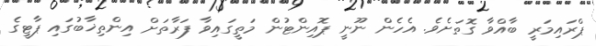
ޕްރައިމަރީ ބާއްވާ ގޮތަށެވެ. އެހެން ނޫނީ ޕޮއިންޓުން މަތީގައިވާ ފަރާތަށް އިންތިޚާބުގައި ޕާޓީގެ